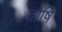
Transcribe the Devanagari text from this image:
तोषि